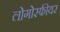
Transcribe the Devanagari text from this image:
लोगोस्फीयर